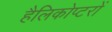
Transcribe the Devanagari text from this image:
हैलिकोप्‍टरों